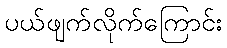
ပယ်ဖျက်လိုက်ကြောင်း